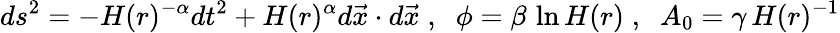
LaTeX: ds^{2}=-H(r)^{-\alpha}dt^{2}+H(r)^{\alpha}d\vec{x}\cdot d\vec{x}\; ,\; \; \phi=\beta\, \ln H(r)\; ,\; \; A_{0}=\gamma\, H(r)^{-1}